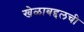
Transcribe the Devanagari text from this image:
खेळाबद्दलची